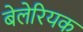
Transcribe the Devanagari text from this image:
बेलेरियक